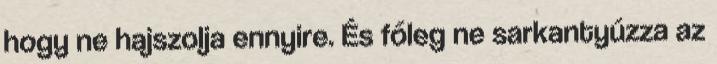
hogy ne hajszolja ennyire. És főleg ne sarkantyúzza az